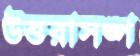
উত্তরাসঙ্গ